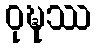
ဝုဍ္ဎဿ